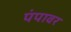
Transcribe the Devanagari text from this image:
पंपावर